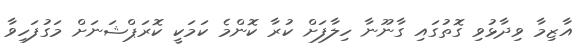
އާޒިމާ ވިދާޅުވި ގޮތުގައި ގާނޫނާ ހިލާފަށް ކުރާ ކޮންމެ ކަމަކީ ކޮރަޕްޝަނަށް މަގުފަހިވާ